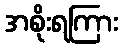
အစိုးရကြား